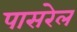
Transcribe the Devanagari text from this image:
पासरेल